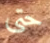
حتى